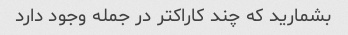
بشمارید که چند کاراکتر در جمله وجود دارد